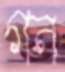
গন